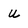
Character: U